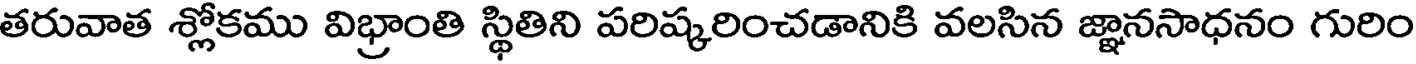
తరువాత శ్లోకము విభ్రాంతి స్థితిని పరిష్కరించడానికి వలసిన జ్ఞానసాధనం గురిం